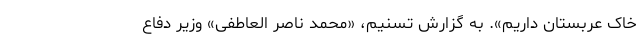
خاک عربستان داریم». به گزارش تسنیم، «محمد ناصر العاطفی» وزیر دفاع